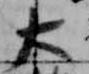
大